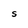
Character: S